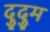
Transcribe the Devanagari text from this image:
दुदुम